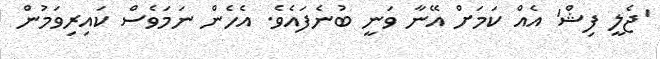
'ޖެލީ ފިޝް' އެއް ކަމަށް އޭނާ ވަނީ ބުނެފައެވެ. އެހެން ނަމަވެސް ކައިރިވަމުން